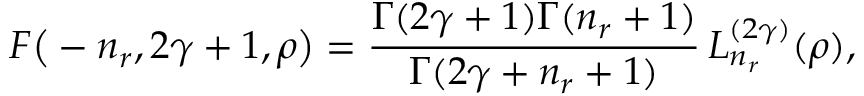
F \big ( - n _ { r } , 2 \gamma + 1 , \rho \big ) = \frac { \Gamma ( 2 \gamma + 1 ) \Gamma ( n _ { r } + 1 ) } { \Gamma ( 2 \gamma + n _ { r } + 1 ) } \, L _ { n _ { r } } ^ { ( 2 \gamma ) } ( \rho ) ,